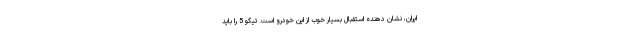
ایران، نشان دهنده استقبال بسیار خوب از این خودرو است. تیگو 5 را باید